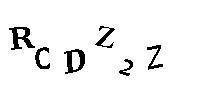
RCDZ2Z